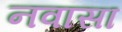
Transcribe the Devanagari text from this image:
नवासा